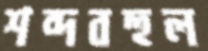
শব্দবহুল